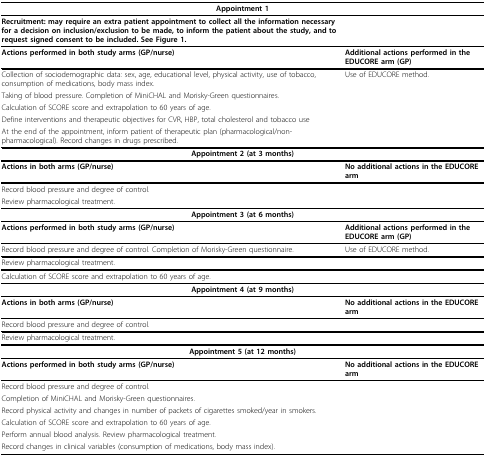
| <COLSPAN=2> Appointment 1 |
 | --- | --- |
 | Recruitment: may require an extra patient appointment to collect all the information necessary for a decision on inclusion/exclusion to be made, to inform the patient about the study, and to request signed consent to be included. See Figure 1. |  |
 | Actions performed in both study arms (GP/nurse) | Additional actions performed in the EDUCORE arm (GP) |
 | Collection of sociodemographic data: sex, age, educational level, physical activity, use of tobacco, consumption of medications, body mass index. | Use of EDUCORE method. |
 | Taking of blood pressure. Completion of MiniCHAL and Morisky-Green questionnaires. |  |
 | Calculation of SCORE score and extrapolation to 60 years of age. |  |
 | Define interventions and therapeutic objectives for CVR, HBP, total cholesterol and tobacco use |  |
 | At the end of the appointment, inform patient of therapeutic plan (pharmacological/non-pharmacological). Record changes in drugs prescribed. |  |
 | <COLSPAN=2> Appointment 2 (at 3 months) |
 | Actions in both arms (GP/nurse) | No additional actions in the EDUCORE arm |
 | Record blood pressure and degree of control. |  |
 | Review pharmacological treatment. |  |
 | <COLSPAN=2> Appointment 3 (at 6 months) |
 | Actions performed in both study arms (GP/nurse) | Additional actions performed in the EDUCORE arm (GP) |
 | Record blood pressure and degree of control. Completion of Morisky-Green questionnaire. | Use of EDUCORE method. |
 | Review pharmacological treatment. |  |
 | Calculation of SCORE score and extrapolation to 60 years of age. |  |
 | <COLSPAN=2> Appointment 4 (at 9 months) |
 | Actions in both arms (GP/nurse) | No additional actions in the EDUCORE arm |
 | Record blood pressure and degree of control. |  |
 | Review pharmacological treatment. |  |
 | <COLSPAN=2> Appointment 5 (at 12 months) |
 | Actions performed in both study arms (GP/nurse) | No additional actions in the EDUCORE arm |
 | Record blood pressure and degree of control. |  |
 | Completion of MiniCHAL and Morisky-Green questionnaires. |  |
 | Record physical activity and changes in number of packets of cigarettes smoked/year in smokers. |  |
 | Calculation of SCORE score and extrapolation to 60 years of age. |  |
 | Perform annual blood analysis. Review pharmacological treatment. |  |
 | Record changes in clinical variables (consumption of medications, body mass index). |  |